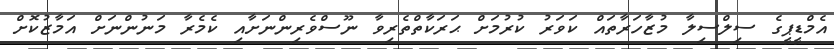
އެމްޑީޕީގެ ސިލްސިލާ މުޒާހަރާތައް ކަވަރު ކުރުމަށް ޙަރަކާތްތެރިވާ ނޫސްވެރިންނަށާއި ކެމެރާ މަނުންނަށް އަމާޒުކޮށް